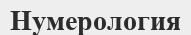
Нумерология